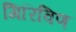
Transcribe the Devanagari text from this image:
गिरिविण